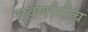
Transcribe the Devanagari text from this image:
सवर्णांनीच